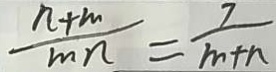
\frac { n + m } { m n } = \frac { 7 } { m + n }